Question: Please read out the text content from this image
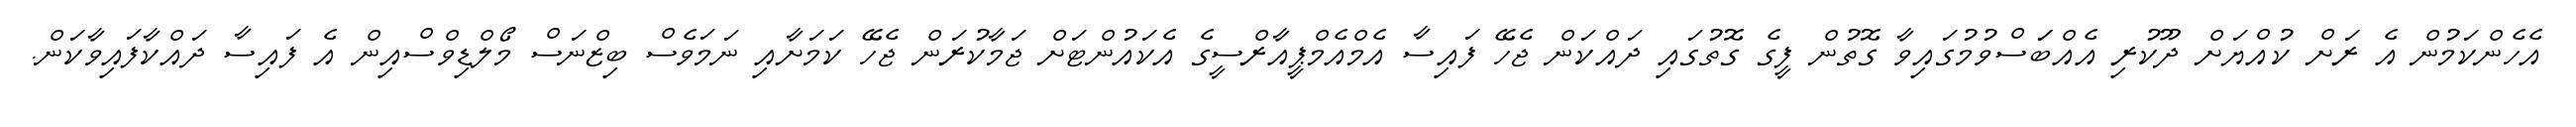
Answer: އެހެންކަމުން އެ ރަށް ކުއްޔަށް ދޫކުރި އެއްބަަސްވުމުގައިވާ ގޮތުން ފީގެ ގޮތުގައި ދައްކަން ޖެހޭ ފައިސާ އެމްއެމްޕީއާރްސީގެ އެކައުންޓަށް ޖަމާކުރަން ޖެހޭ ކަމަށާއި ނަމަވެސް ބިޒްނަސް މޯލްޑިވްސްއިން އެ ފައިސާ ދައްކާފައިވާކަން.